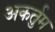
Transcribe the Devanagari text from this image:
अकर्तुम